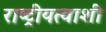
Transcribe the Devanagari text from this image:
राष्ट्रीयत्वाशी